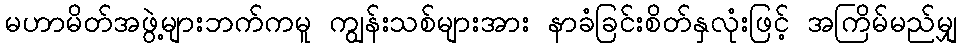
မဟာမိတ်အဖွဲ့များဘက်ကမူ ကျွန်းသစ်များအား နာခံခြင်းစိတ်နှလုံးဖြင့် အကြိမ်မည်မျှ